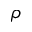
\rho